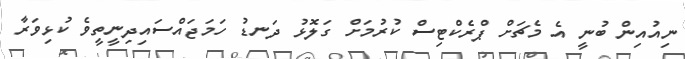
ނިއުއިން ބުނީ އެ މެޗަށް ޕްރެކްޓިސް ކުރުމަށް ގަލޮޅު ދަނޑު ހަމަޖައްސައިދިނީތީވެ ކުޅިވަރާ